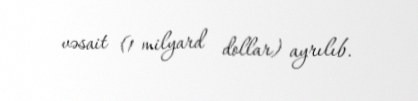
vəsait (1 milyard dollar) ayrılıb.